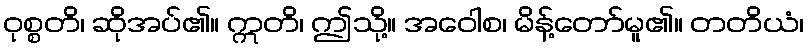
ဝုစ္စတိ၊ ဆိုအပ်၏။ ဣတိ၊ ဤသို့။ အဝေါစ၊ မိန့်တော်မူ၏။ တတိယံ၊